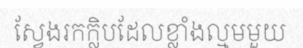
ស្វែងរកក្លិបដែលខ្លាំងល្មមមួយ